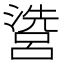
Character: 𱩘